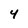
Character: 4